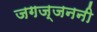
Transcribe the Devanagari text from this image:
जगज्जननी